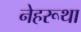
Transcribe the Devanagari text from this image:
नेहरूथा